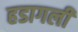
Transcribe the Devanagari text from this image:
हडागली